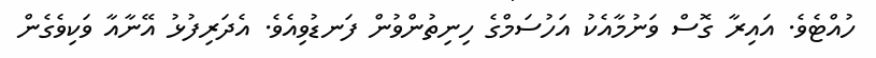
ހުއްޓެވެ. އައިރާ ގޮސް ވަނުމާއެކު އަހުސަމްގެ ހިނިތުންވުން ފަނޑުވިއެވެ. އެދަރިފުޅު އޭނާއާ ވަކިވެގެން